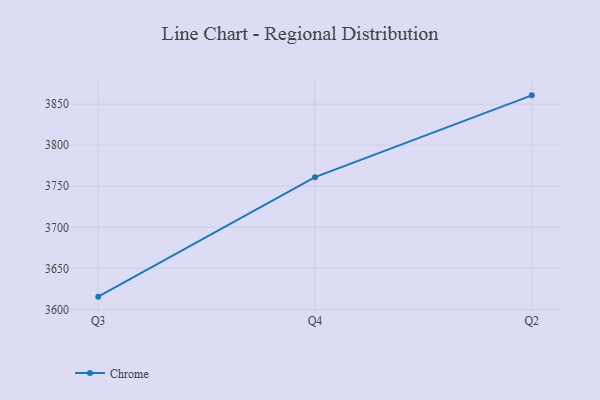
{"axis": {"x": "Quarter", "y": "Budget (USD K)"}, "legend": ["Chrome"], "data": [{"x": "Q3", "y": 3615.6, "type": "Chrome"}, {"x": "Q4", "y": 3761.0, "type": "Chrome"}, {"x": "Q2", "y": 3860.6, "type": "Chrome"}]}